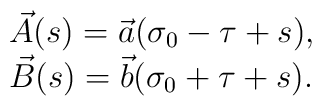
\begin{array}{l}\vec{A}(s) = \vec{a}(\sigma_{0}-\tau+s),\\\vec{B}(s) = \vec{b}(\sigma_{0}+\tau+s).\end{array}